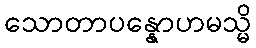
သောတာပန္နောဟမသ္မိ